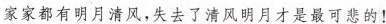
家家都有明月清风,失去了清风明月才是最可悲的!